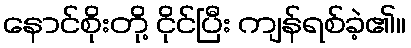
နောင်စိုးတို့ ငိုင်ပြီး ကျန်ရစ်ခဲ့၏။